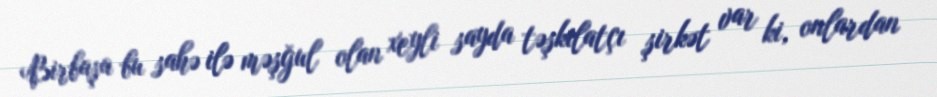
Birbaşa bu sahə ilə məşğul olan xeyli sayda təşkilatçı şirkət var ki, onlardan